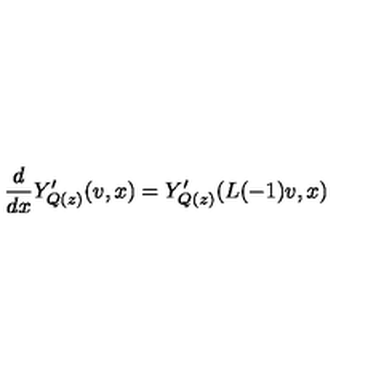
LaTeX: \frac { d } { d x } Y _ { Q ( z ) } ^ { \prime } ( v , x ) = Y _ { Q ( z ) } ^ { \prime } ( L ( - 1 ) v , x )